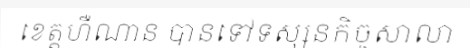
ខេត្តហឺណាន បានទៅទស្សនកិច្ចសាលា